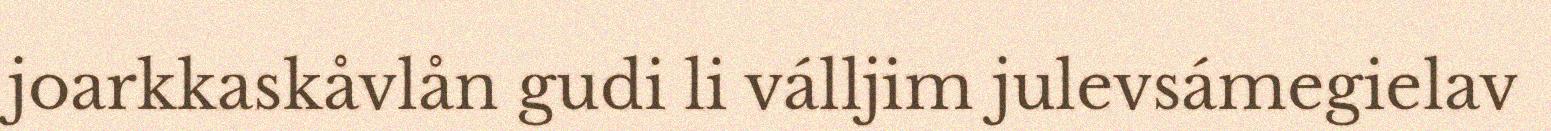
joarkkaskåvlån gudi li válljim julevsámegielav